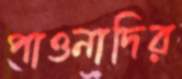
পাওনাদির